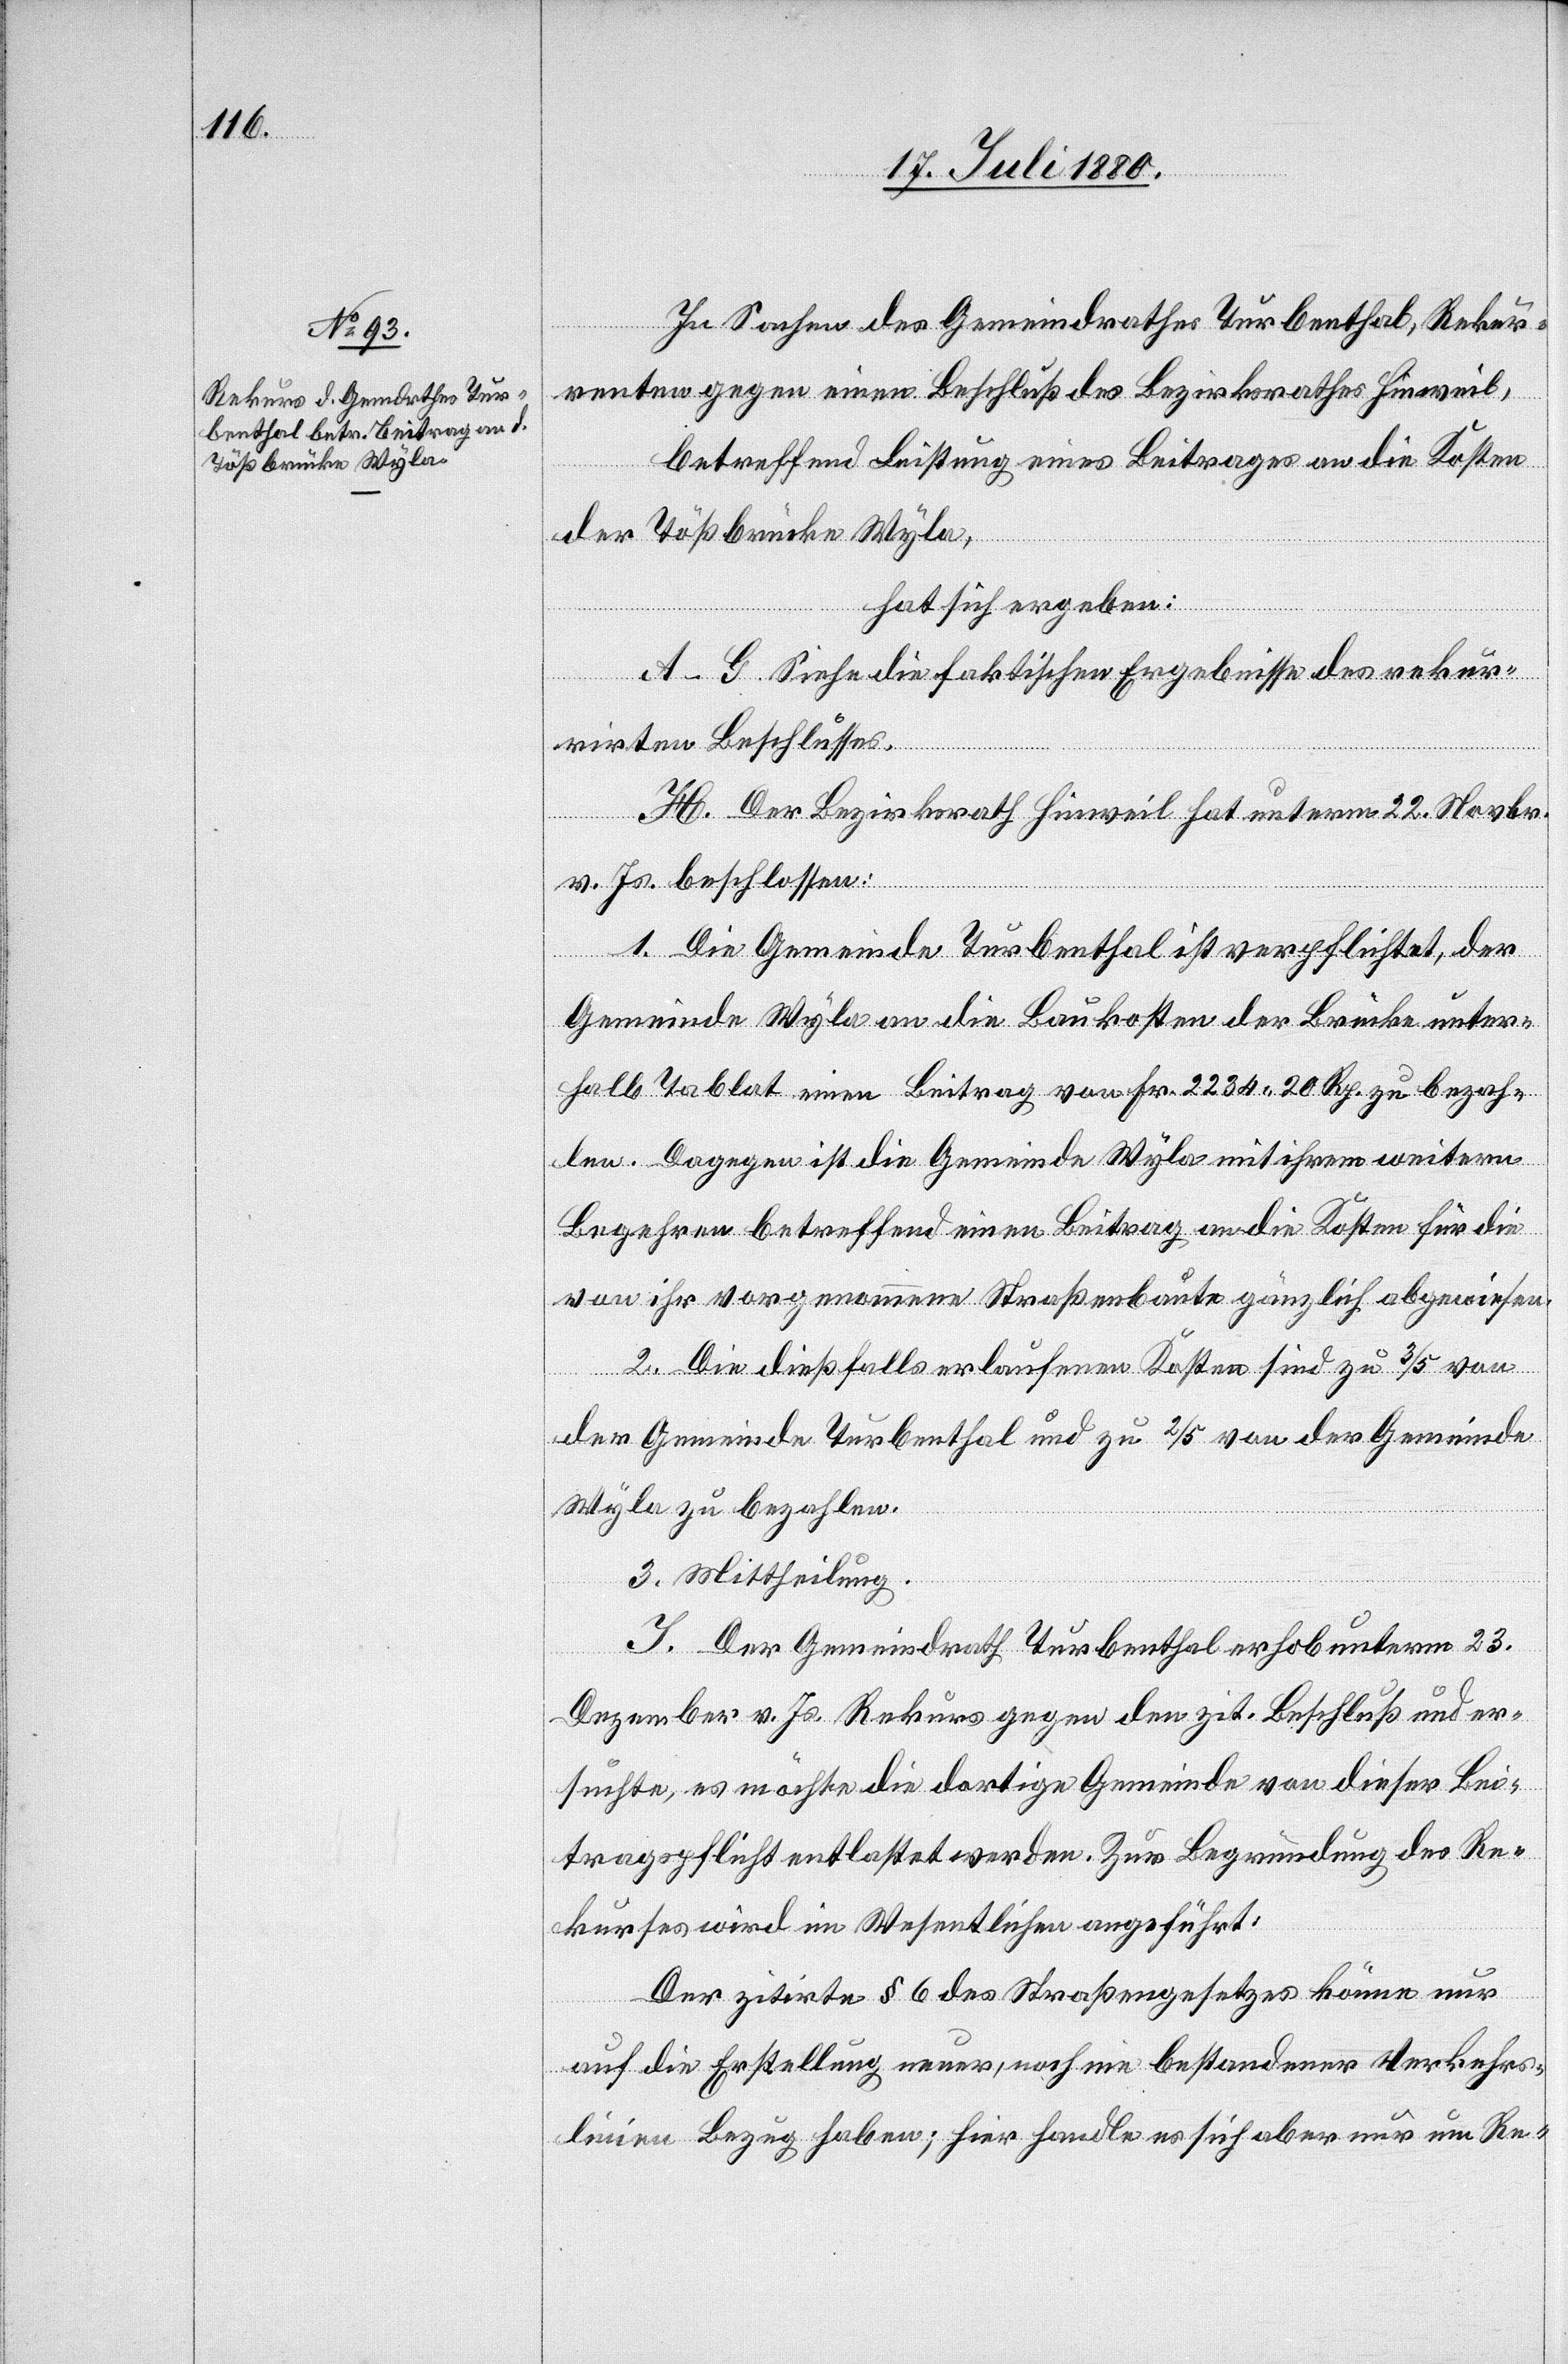
In Sachen des Gemeindrathes Turbenthal, Rekur¬
renten gegen einen Beschluß des Bezirkrathes Hinweil,
betreffend Leistung eines Beitrages an die Kosten
der Tößbrücke Wyla,
hat sich ergeben:
A–G. Siehe die faktischen Ergebnisse des rekur¬
rirten Beschlusses.
H. Der Bezirksrath Hinweil hat unterm 22. Novbr.
v. Js. beschlossen:
1. Die Gemeinde Turbenthal ist verpflichtet, der
Gemeinde Wyla an die Baukosten der Brücke unter¬
halb Tablat einen Beitrag von Fr. 2234 20 Rp. zu bezah¬
len. Dagegen ist die Gemeinde Wyla mit ihrem weiteren
Begehren betreffend einen Beitrag an die Kosten für die
von ihr vorgenommenen Straßenbaute gänzlich abgewiesen.
2. Die dießfalls erlaufenen Kosten sind zu 3/5 von
der Gemeinde Turbenthal und zu 2/5 von der Gemeinde
Wyla zu bezahlten.
3. Mittheilung.
J. Der Gemeindrath Turbenthal erhob unterm 23.
Dezember v. Js. Rekurs gegen den zit. Beschluß und er¬
suchte, es möchte die dortige Gemeinde von dieser Bei¬
tragspflicht entlastet werden. Zur Begründung des Re¬
kurses wird in Wesentlichen angeführt:
Der zitirte § 6 des Straßengesetzes könne nur
auf die Erstellung neuer, noch nie bestandener Verkehrs¬
linien Bezug haben; hier handle es sich aber nur um Re-